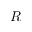
R